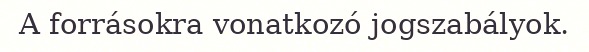
A forrásokra vonatkozó jogszabályok.